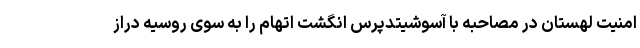
امنیت لهستان در مصاحبه با آسوشیتدپرس انگشت اتهام را به سوی روسیه دراز